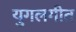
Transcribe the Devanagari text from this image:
युगलगीत